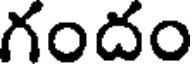
గందం